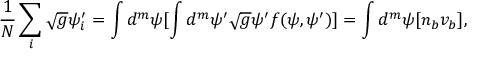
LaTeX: { \frac { 1 } { N } } \sum _ { i } \sqrt { g } \psi _ { i } ^ { \prime } = \int d ^ { m } \psi [ \int d ^ { m } \psi ^ { \prime } \sqrt { g } \psi ^ { \prime } f ( \psi , \psi ^ { \prime } ) ] = \int d ^ { m } \psi [ n _ { b } v _ { b } ] ,